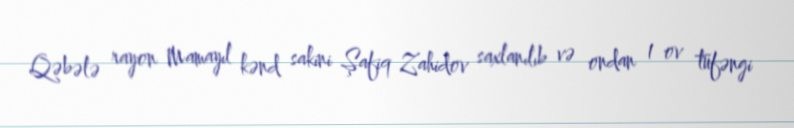
Qəbələ rayon Mamayıl kənd sakini Şafiq Zahidov saxlanılıb və ondan 1 ov tüfəngi